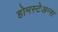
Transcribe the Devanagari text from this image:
होमस्टेअन्स